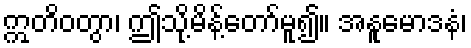
ဣတိဝတွာ၊ ဤသို့မိန့်တော်မူ၍။ အနူမောဒနံ၊